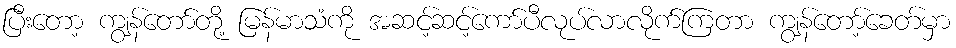
ပြီးတော့ ကျွန်တော်တို့ မြန်မာသံကို အဆင့်ဆင့်ကော်ပီလုပ်လာလိုက်ကြတာ ကျွန်တော့်ခေတ်မှာ